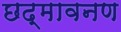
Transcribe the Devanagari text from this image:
छद्मावनण